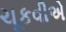
ચૂકવીએ